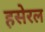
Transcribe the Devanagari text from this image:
हसेरल